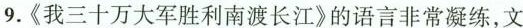
9.《我三十万大军胜利南渡长江》的语言非常凝练，文